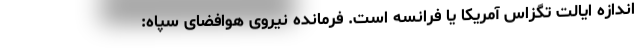
اندازه ایالت تگزاس آمریکا یا فرانسه است. فرمانده نیروی هوافضای سپاه: